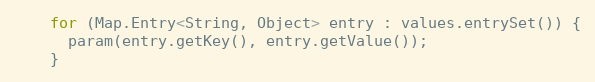
Language: Java
    for (Map.Entry<String, Object> entry : values.entrySet()) {
      param(entry.getKey(), entry.getValue());
    }